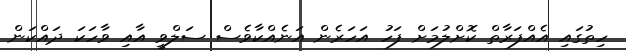
ހިތުގައި އެއްފަރާތް ކޮށްލުމަށް ފަހު އަހަރެން އަނެއްކާވެސް ސަލްވީ އާއި ވާހަކަ ދައްކަން